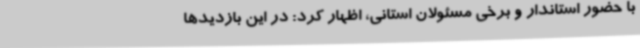
با حضور استاندار و برخی مسئولان استانی، اظهار کرد: در این بازدیدها